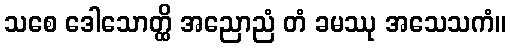
သစေ ဒေါသောတ္ထိ အညောညံ တံ ခမဿု အသေသကံ။